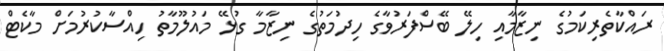
ރައްކާތެރިކަމުގެ ނިޒާމާއި ހިލޭ ބޭސްފަރުވާގެ ހިދުމަތުގެ ނިޒާމާ ގުޅޭ މައުލޫމާތު ހިއްސާކުރުމަށް މާކެޓް